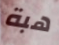
هبة